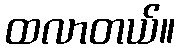
ထလာတယ်။